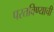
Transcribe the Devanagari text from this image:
परतविण्याची